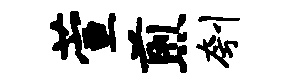
萱煎刳